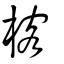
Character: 楁